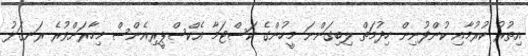
އިތުރު ކުރުމާއި ކުންފުނިން ހިދުމަތް ލިބިގަންނަ މީހުންގެ ކަސްޓަމާ އެކްސްޕީރިއެންސް މިހާރަށްވުރެ ރަނގަޅު